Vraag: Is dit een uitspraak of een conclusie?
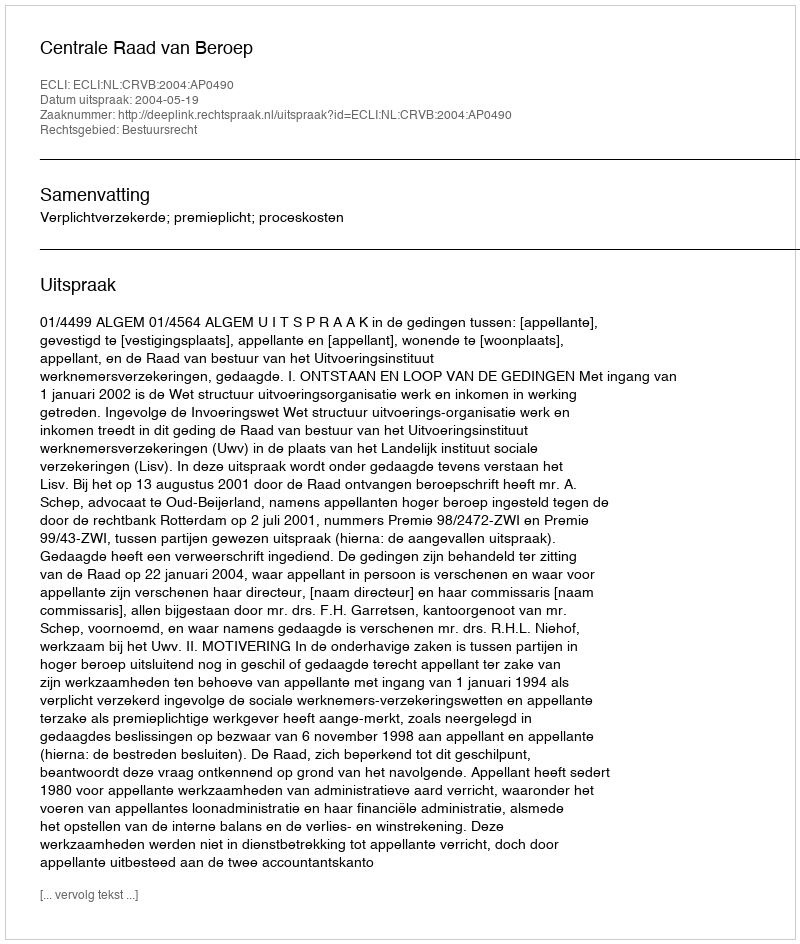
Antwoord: Uitspraak